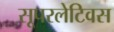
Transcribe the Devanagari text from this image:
सूपरलेटिवस